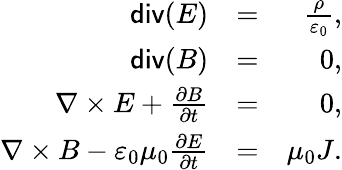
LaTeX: \begin{array}{rlr}{\mathsf{div}(E)}&{=}&{\frac{\rho}{\varepsilon_{0}},}\\ {\mathsf{div}(B)}&{=}&{0,}\\ {\nabla\times E+\frac{\partial B}{\partial t}}&{=}&{0,}\\ {\nabla\times B-\varepsilon_{0}\mu_{0}\frac{\partial E}{\partial t}}&{=}&{\mu_{0}J.}\end{array}